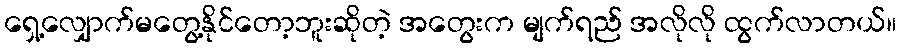
ရှေ့လျှောက်မတွေ့နိုင်တော့ဘူးဆိုတဲ့ အတွေးက မျက်ရည် အလိုလို ထွက်လာတယ်။